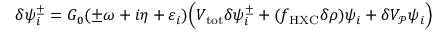
\begin{array} { r } { \delta \psi _ { i } ^ { \pm } = G _ { 0 } ( \pm \omega + i \eta + \varepsilon _ { i } ) \Big ( V _ { \mathrm { t o t } } \delta \psi _ { i } ^ { \pm } + ( f _ { \mathrm { H X C } } \delta \rho ) \psi _ { i } + \delta V _ { \mathcal P } \psi _ { i } \Big ) } \end{array}